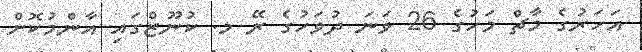
އަހަރުގެ މާޗް މަހުގެ 26 ވަނަ ދުވަހުގެ ރޭ މ. ކުނޫޒްގައި އާންމުކޮށް